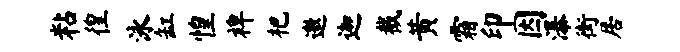
粘徨泳缸惶裨杷邀迦截黄霜印因瀑街居